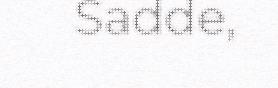
Sadde,